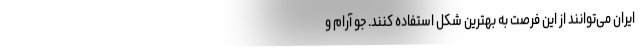
ایران می‌توانند از این فرصت به بهترین شکل استفاده کنند. جو آرام و